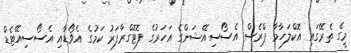
މީގެ ތެރޭގައި އޮކްލަހާމާ ޕްރެސް އެސޯސިއޭޝަންގެ އަހަރުގެ ފޮޓޮގްރާފަރު ކަމުގެ އެވޯޑާއި އެސޯސިއޭޓެޑް